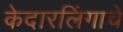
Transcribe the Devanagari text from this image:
केदारलिंगाचे